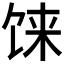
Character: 𩠄